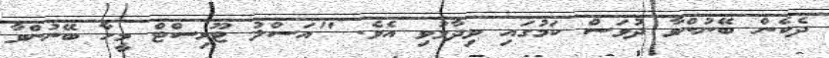
ދެކެން ބޭނުންވާ ދުވަސް ކަމުގައި ވިދާޅުވި އެވެ. "އަސްލު ޓޫރިސްޓް މީހާ ބޭނުންވާ